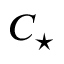
C _ { \star }